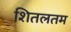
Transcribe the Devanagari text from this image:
शितलतम